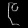
Digit: ၉